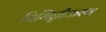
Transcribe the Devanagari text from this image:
विभिन्नीकरण